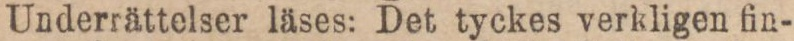
Underrättelser läses: Det tyckes verkligen fin-